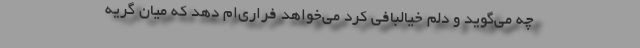
چه می‌گوید و دلم خیالبافی کرد می‌خواهد فراری‌ام دهد که میان گریه